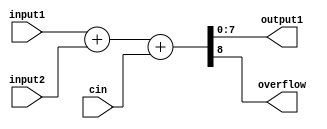
module Adder #(parameter bus_width=8)(
    cin,input1,input2,output1,overflow
);

input [bus_width-1:0]input1,input2;
input cin;
output [bus_width-1:0]output1;
output overflow;

assign {overflow,output1} = input1 + input2 + cin;

endmodule //Adder